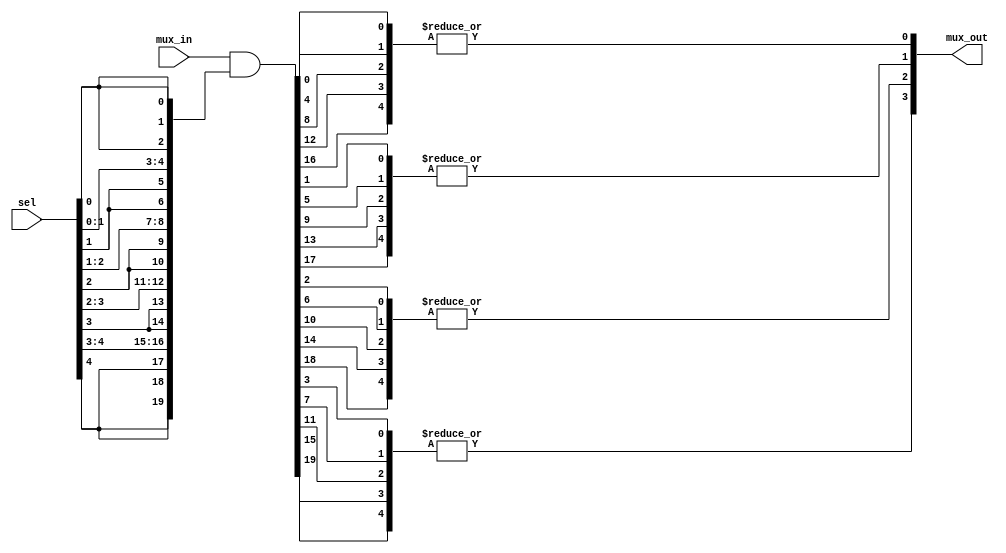
 `timescale  1ns/1ps


/**********************************************************************
**    
**	Copyright (C) 2014-2017  Alireza Monemi
**    
**	This file is part of ProNoC 
**
**	ProNoC ( stands for Prototype Network-on-chip)  is free software: 
**	you can redistribute it and/or modify it under the terms of the GNU
**	Lesser General Public License as published by the Free Software Foundation,
**	either version 2 of the License, or (at your option) any later version.
**
** 	ProNoC is distributed in the hope that it will be useful, but WITHOUT
** 	ANY WARRANTY; without even the implied warranty of MERCHANTABILITY
** 	or FITNESS FOR A PARTICULAR PURPOSE.  See the GNU Lesser General
** 	Public License for more details.
**
** 	You should have received a copy of the GNU Lesser General Public
** 	License along with ProNoC. If not, see <http:**www.gnu.org/licenses/>.
**
**
**	Description: 
**	This file contains several general RTL modules such as 
**	different types of multiplexors, converters and counters ...
**
**************************************************************/







/*********************************



    multiplexer

    
    
********************************/

module one_hot_mux #(
        parameter   IN_WIDTH      = 20,
        parameter   SEL_WIDTH =   5, 
        parameter   OUT_WIDTH = IN_WIDTH/SEL_WIDTH

    )
    (
        input [IN_WIDTH-1       :0] mux_in,
        output[OUT_WIDTH-1  :0] mux_out,
        input[SEL_WIDTH-1   :0] sel

    );

    wire [IN_WIDTH-1    :0] mask;
    wire [IN_WIDTH-1    :0] masked_mux_in;
    wire [SEL_WIDTH-1:0]    mux_out_gen [OUT_WIDTH-1:0]; 
    
    genvar i,j;
    
    //first selector masking
    generate    // first_mask = {sel[0],sel[0],sel[0],....,sel[n],sel[n],sel[n]}
        for(i=0; i<SEL_WIDTH; i=i+1) begin : mask_loop
            assign mask[(i+1)*OUT_WIDTH-1 : (i)*OUT_WIDTH]  =   {OUT_WIDTH{sel[i]} };
        end
        
        assign masked_mux_in    = mux_in & mask;
        
        for(i=0; i<OUT_WIDTH; i=i+1) begin : lp1
            for(j=0; j<SEL_WIDTH; j=j+1) begin : lp2
                assign mux_out_gen [i][j]   =   masked_mux_in[i+OUT_WIDTH*j];
            end
            assign mux_out[i] = | mux_out_gen [i];
        end
    endgenerate
    
endmodule





    
/******************************

    One hot demultiplexer

****************************/   
    

module one_hot_demux    #(
        parameter IN_WIDTH=5,
        parameter SEL_WIDTH=4,
        parameter OUT_WIDTH=IN_WIDTH*SEL_WIDTH
    )
    (
        input   [SEL_WIDTH-1        :   0] demux_sel,//selectore
        input   [IN_WIDTH-1         :   0] demux_in,//repeated
        output  [OUT_WIDTH-1        :   0]  demux_out
    );

    genvar i,j;
    generate 
    for(i=0;i<SEL_WIDTH;i=i+1)begin :loop1
        for(j=0;j<IN_WIDTH;j=j+1)begin :loop2
                assign demux_out[i*IN_WIDTH+j] =     demux_sel[i]   &   demux_in[j];
        end//for j
    end//for i
    endgenerate

    

endmodule

/**************************


    custom_or

    
***************************/


module custom_or #(
    parameter IN_NUM        =   4,
    parameter OUT_WIDTH =   5
)(
    or_in,
    or_out
);
    
    localparam IN_WIDTH  = IN_NUM*OUT_WIDTH;
    
    input [IN_WIDTH-1       :   0]  or_in;
    output[OUT_WIDTH-1      :   0]  or_out;

    wire        [IN_NUM-1       :   0] in_sep   [OUT_WIDTH-1        :   0];
    genvar i,j;
    generate
    for (i=0;i<OUT_WIDTH;i=i+1) begin: sep_loop
        for (j=0;j<IN_NUM;j=j+1) begin: sep_loop
            assign in_sep[i][j]= or_in [j*OUT_WIDTH+i];
        end
        assign or_out[i]= |in_sep[i];
    end
    endgenerate
    
    
endmodule


/*****************************************

sum the output of all ports except the output of  port itself


****************************************/


module outport_sum #(
    parameter IN_ARRAY_WIDTH =10,
    parameter IN_NUM     =5,
    parameter IN_WIDTH  =   IN_ARRAY_WIDTH/IN_NUM,
    parameter CMP_VAL   =   IN_WIDTH/(IN_NUM-1),
    parameter OUT_WIDTH = (IN_ARRAY_WIDTH/IN_NUM)+CMP_VAL
    
    )
    (
    input   [IN_ARRAY_WIDTH-1       :   0]  in,
    output  [OUT_WIDTH-1                :   0]  out
);
    
    genvar i,j;
    wire [IN_WIDTH-1        :   0]      in_sep  [IN_NUM-1       :   0];
    wire [IN_NUM-2          :   0]      gen         [OUT_WIDTH-1    :   0];
    generate 
        for(i=0;i<IN_NUM; i=i+1      ) begin : lp
            assign in_sep[i]  = in[(IN_WIDTH*(i+1))-1   : IN_WIDTH*i];
        end
        for (j=0;j<IN_NUM-1;j=j+1)begin : loop1
                for(i=0;i<OUT_WIDTH; i=i+1  )begin : loop2
                    if(i>=CMP_VAL*(j+1))begin : if1
                        assign gen[i][j] = in_sep[j][i-CMP_VAL];
                    end 
                    else if( i< CMP_VAL*(j+1) && i>= (CMP_VAL*j)) begin :if2
                        assign gen[i][j] = in_sep[IN_NUM-1][i];
                    end
                    else    begin :els
                        assign gen[i][j] = in_sep[j][i];
                    end
                end// for i
            end// for j
        for(i=0;i<OUT_WIDTH; i=i+1       ) begin : lp2
            assign out[i]               = |  gen[i];
        end
    endgenerate
endmodule

/***********************************

        module bin_to_one_hot 
        

************************************/


module bin_to_one_hot #(
    parameter BIN_WIDTH     =   2,
    parameter ONE_HOT_WIDTH =   2**BIN_WIDTH
    
)
(
    input   [BIN_WIDTH-1            :   0]  bin_code,
    output  [ONE_HOT_WIDTH-1        :   0] one_hot_code
 );

    genvar i;
    generate 
        for(i=0; i<ONE_HOT_WIDTH; i=i+1) begin :one_hot_gen_loop
                assign one_hot_code[i] = (bin_code == i[BIN_WIDTH-1         :   0]);
        end
    endgenerate
 
endmodule

/***********************************

        one_hot_to_binary

************************************/



module one_hot_to_bin #(
    parameter ONE_HOT_WIDTH =   4,
    parameter BIN_WIDTH     =  (ONE_HOT_WIDTH>1)? log2(ONE_HOT_WIDTH):1
)
(
    input   [ONE_HOT_WIDTH-1        :   0] one_hot_code,
    output  [BIN_WIDTH-1            :   0]  bin_code

);

  
    function integer log2;
      input integer number; begin   
         log2=(number <=1) ? 1: 0;    
         while(2**log2<number) begin    
            log2=log2+1;    
         end 	   
      end   
    endfunction // log2 

localparam MUX_IN_WIDTH =   BIN_WIDTH* ONE_HOT_WIDTH;

wire [MUX_IN_WIDTH-1        :   0]  bin_temp ;

genvar i;
generate 
    if(ONE_HOT_WIDTH>1)begin :if1
        for(i=0; i<ONE_HOT_WIDTH; i=i+1) begin :mux_in_gen_loop
            assign bin_temp[(i+1)*BIN_WIDTH-1 : i*BIN_WIDTH] =  i[BIN_WIDTH-1:0];
        end


        one_hot_mux #(
            .IN_WIDTH   (MUX_IN_WIDTH),
            .SEL_WIDTH  (ONE_HOT_WIDTH)
            
        )
        one_hot_to_bcd_mux
        (
            .mux_in     (bin_temp),
            .mux_out        (bin_code),
            .sel            (one_hot_code)
    
        );
     end else begin :els
        assign  bin_code = one_hot_code;
     
     end

endgenerate

endmodule



/****************************************

            binary_mux

***************************************/

module binary_mux #(
        parameter   IN_WIDTH         =   20,
        parameter   OUT_WIDTH       =   5
    )
    (
        mux_in,
        mux_out,
        sel

    );
    
  
    function integer log2;
      input integer number; begin   
         log2=(number <=1) ? 1: 0;    
         while(2**log2<number) begin    
            log2=log2+1;    
         end 	   
      end   
    endfunction // log2 

     localparam  IN_NUM          =   IN_WIDTH/OUT_WIDTH,
                 SEL_WIDTH_BIN   = (IN_NUM>1)?  log2(IN_NUM): 1; 
                 
                 
    input   [IN_WIDTH-1         :0] mux_in;
    output  [OUT_WIDTH-1        :0] mux_out;
    input   [SEL_WIDTH_BIN-1    :0] sel;                 
    genvar i;
     
    
	generate 
		if(IN_NUM>1) begin :if1
			wire [OUT_WIDTH-1       :0] mux_in_2d [IN_NUM -1    :0];
			for (i=0; i< IN_NUM; i=i+1) begin : loop
				assign mux_in_2d[i] =mux_in[((i+1)*OUT_WIDTH)-1 :   i*OUT_WIDTH];   
			end
			assign mux_out = mux_in_2d[sel];		
		end else  begin :els
			assign mux_out = mux_in;			
		end
	endgenerate
    
endmodule



module  accumulator #(
    parameter INw= 20,
    parameter OUTw=4,
    parameter NUM =5
)
(
    in_all,
    out         
);

    function integer log2;
      input integer number; begin   
         log2=(number <=1) ? 1: 0;    
         while(2**log2<number) begin    
            log2=log2+1;    
         end       
      end   
    endfunction // log2 
    
    localparam N= INw/NUM,
               SUMw= log2(NUM)+N; 
    input [INw-1  :   0] in_all;
    output[OUTw-1 :   0] out;
    
    wire [N-1   :   0] in [NUM-1    :   0];
    reg [SUMw-1 :   0] sum;
  
  
    genvar i;
    generate 
    for (i=0; i<NUM; i=i+1)begin : lp
        assign in[i] = in_all[(i+1)*N-1 : i*N];    
    end
    
    if(  SUMw ==  OUTw) begin :  equal
        assign out = sum;
    end else if(SUMw >  OUTw) begin : bigger
        assign out = (sum[SUMw-1 : OUTw] > 0 ) ? {OUTw{1'b1}} : sum[OUTw-1  :   0] ;
    end else begin : less
          assign out = {{(OUTw-SUMw){1'b0}},  sum} ;
    end
    
  
    
    endgenerate
  
  // This is supposed to be synyhesized as "sum=in[0]+in[1]+...in[Num-1]"; 
  // It works with Quartus, Verilator and Modelsim compilers  
    integer k; 
    always @(*)begin 
        sum=0;
        for (k=0;k<NUM;k=k+1)begin 
             sum= sum + {{(SUMw-N){1'b0}},in[k]};        
        end   
    end
    //In case your compiler could not synthesize or wrongly synthesizes it try this
    //assumming the maximum NUM as parameter can be 20:
    /*
    generate 
     wire [N-1   :   0] tmp [19    :   0];
     for (i=0; i<NUM; i=i+1)begin : lp
        assign tmp[i] = in_all[(i+1)*N-1 : i*N];    
     end
     for (i=NUM; i<20; i=i+1)begin : lp2
        assign tmp[i] = {N{1'b0}};    
     end
    
    always @(*)begin 
              sum= tmp[0] + tmp[1]+ tmp[2] + ...+ tmp[19];        
    end
    endgenerate     
    */

endmodule



/******************************

    set_bits_counter 

*******************************/


module set_bits_counter #(
    parameter IN_WIDTH =120,
    parameter OUT_WIDTH = log2(IN_WIDTH+1)
    )
    (
    input   [IN_WIDTH-1         :   0]  in,
    output  [OUT_WIDTH-1        :   0]  out
    
);
  
    function integer log2;
      input integer number; begin   
         log2=(number <=1) ? 1: 0;    
         while(2**log2<number) begin    
            log2=log2+1;    
         end 	   
      end   
    endfunction // log2 

    
    wire    [IN_WIDTH-2     :   0]  addrin2;
    wire    [OUT_WIDTH-1    :   0]  addrout [IN_WIDTH-2         :   0];
    wire    [OUT_WIDTH-1    :   0]  addrin1 [IN_WIDTH-1         :   0];
    
    
    assign out          = addrin1 [IN_WIDTH-1];
    
    genvar i;
    //always @(*)begin
    assign  addrin1[0] = {{(OUT_WIDTH-1){1'b0}},in[0]};
    generate        
        for (i=0; i<IN_WIDTH-1; i=i+1) begin : loop
                assign  addrin1[i+1]  = addrout[i];
                assign  addrin2[i]    = in[i+1];
                assign  addrout[i]    = addrin1[i] + addrin2 [i];
        end
    endgenerate

endmodule






/******************************

    check_single_bit_assertation

*******************************/


module check_single_bit_assertation #(
    parameter IN_WIDTH =2
    
    )
    (
    input   [IN_WIDTH-1         :   0]  in,
    output  result
    
    );
  
    function integer log2;
      input integer number; begin   
         log2=(number <=1) ? 1: 0;    
         while(2**log2<number) begin    
            log2=log2+1;    
         end 	   
      end   
    endfunction // log2 


    
    localparam OUT_WIDTH = log2(IN_WIDTH+1);
    
    wire [OUT_WIDTH-1   :   0]  sum;
    
    parallel_counter #(
        .IN_WIDTH (IN_WIDTH)
    )counter
    (
        .in(in),
        .out(sum)
    );

    assign result = (sum <=1)? 1'b1: 1'b0;
    
    
endmodule

/**********************************

fast_minimum_number

***********************************/


module fast_minimum_number#(
    parameter NUM_OF_INPUTS     =   8,
    parameter DATA_WIDTH            =   5,
    parameter IN_ARRAY_WIDTH    =   NUM_OF_INPUTS   * DATA_WIDTH
)
(
    input  [IN_ARRAY_WIDTH-1            :   0] in_array,
    output [NUM_OF_INPUTS-1             :   0]  min_out
);

    genvar i,j;
    wire [DATA_WIDTH-1                  :   0]  numbers             [NUM_OF_INPUTS-1            :0];    
    wire [NUM_OF_INPUTS-2               :   0]  comp_array          [NUM_OF_INPUTS-1            :0];    
        
    generate
    if(NUM_OF_INPUTS==1)begin:if1
        assign min_out = 1'b1;
    end
    else begin : els//(vc num >1)
        for(i=0; i<NUM_OF_INPUTS;  i=i+1) begin : loop_i
                assign numbers[i]   = in_array  [(i+1)* DATA_WIDTH-1: i*DATA_WIDTH];
                for(j=0; j<NUM_OF_INPUTS-1;  j=j+1) begin : loop_j
                            if(i>j) begin :if1 assign comp_array [i][j] = ~ comp_array [j][i-1]; end
                            else   begin :els     assign comp_array [i]   [j] = numbers[i]<= numbers[j+1]; end
                end//for j
                assign min_out[i]=  & comp_array[i];
        end//for i
    end//else
    endgenerate
    
endmodule





/********************************************

        Carry-based reduction parallel counter


********************************************/
module parallel_counter  #(
    parameter IN_WIDTH =120 // max 127
)
(
    in,
    out    
);
    
    
   
    function integer log2;
      input integer number; begin   
         log2=(number <=1) ? 1: 0;    
         while(2**log2<number) begin    
            log2=log2+1;    
         end 	   
      end   
    endfunction // log2 
    
  localparam OUT_WIDTH = log2(IN_WIDTH+1);
  localparam PCIw      = (IN_WIDTH < 8   )? 7    :
                         (IN_WIDTH < 16  )? 15   :
                         (IN_WIDTH < 31  )? 31   :
                         (IN_WIDTH < 36  )? 63   :   127;
                         
                         
   localparam PCOw      = (IN_WIDTH < 8  )? 3   :
                         (IN_WIDTH < 16  )? 4   :
                         (IN_WIDTH < 31  )? 5   :
                         (IN_WIDTH < 36  )? 6   :   7;                         
  
input   [IN_WIDTH-1         :   0]  in;
output  [OUT_WIDTH-1        :   0]  out;
     
wire [PCIw-1    :   0]  pc_in;
wire [PCOw-1    :   0]  pc_out;

generate 
    if(PCIw > IN_WIDTH ) begin :w1
        assign   pc_in = {{(PCIw-IN_WIDTH){1'b0}},in};
    end else begin:els
         assign   pc_in=in;
    end // if 
    
    if(PCIw == 7) begin :w7
       
        PC_7_3   pc (
            .in(pc_in),
            .out(pc_out)
        );
    
    end else if(PCIw == 15) begin :w15
          PC_15_4   pc (
            .in(pc_in),
            .out(pc_out)
           );
    
    end else if(PCIw == 31) begin :w31
        PC_31_5   pc (
            .in(pc_in),
            .out(pc_out)
        );   
    end else if(PCIw == 63) begin :w63
         PC_63_6   pc (
            .in(pc_in),
            .out(pc_out)
        );   
    
    end else  begin :w127
         PC_127_7 pc (
            .in(pc_in),
            .out(pc_out)
        );   
    end
    
 endgenerate
 
 assign out = pc_out[OUT_WIDTH-1    :   0];
 
endmodule



//carry-sum generation blocks
module CS_GEN (
    in,
    abc,
    s
);
    input   [6  :   0] in;
    output  s;
    output  [2  :   0] abc;
    
    wire      a,b,c,s;
    wire    [3  :   0] in1;
    wire    [2  :   0] in2;
    wire    [2  :   0] j1;
    wire    [1  :   0] j2;
    
    assign {in2,in1} =  in;
/* verilator lint_off WIDTH */
    assign j1= in1[3]+in1[2]+in1[1]+in1[0];
    assign j2= in2[2]+in2[1]+in2[0];
/* verilator lint_on WIDTH */
    
    //s is asserted when both in1 and in2 have odd number of ones.
    assign s    = j1[0] ^ j2[0];
    // a is asserted when there are at least two ones in in1 (i.e., j1 >= 2);
    assign  a   =   (j1 >   3'd1);
    
    //b is asserted when there are at least two ones in in2 (i.e., j2 >= 2);
    assign  b   =   (j2 >   2'd1);
    
    // C is asserted when when j1 equals 4 or when  s is asserted
    assign c    =   (j1==4) | (j1[0] & j2[0]);

    assign abc = {a,b,c};
endmodule

/*************************
 
 (7,3) parallel counter
 
*************************/

module PC_7_3 (
    in,
    out

);
    input   [6    : 0]  in;
    output  [2    : 0]  out;
    
    wire    [2    : 0] abc;
   
    CS_GEN cs(
        .in(in),
        .abc(abc),
        .s(out[0])
    );
   
    assign out[2:1] = abc[2]+abc[1]+abc[0];  
    
  


endmodule

/*************************

    (15,4) parallel counter
    
*************************/

module PC_15_4 (
    in,
    out

);
    input   [14   : 0]  in;
    output  [3    : 0]  out;
    
    wire    [2:0]   abc0,abc1;
    wire            s0,s1,b2;
   
    CS_GEN cs0(
        .in     (in  [6  :   0]),
        .abc    (abc0),
        .s      (s0)
    );
    
     CS_GEN cs1(
        .in     (in  [13  :   7]),
        .abc    (abc1),
        .s      (s1)
    );
    
    assign {b2,out[0]}  =in  [14] + s0 +s1;
    
    PC_7_3 pc_sub(
        .in({abc0,abc1,b2}),
        .out(out[3:1])
    );  
    
  


endmodule


// (31,5) parallel counter
module PC_31_5 (
    in,
    out

);
    localparam CS_NUM   =   5;
    
    input   [30         : 0]  in;
    output  [4          : 0]  out;
    
   
    wire    [CS_NUM-1   : 0]   s;
    wire    [(CS_NUM*7)-1   :   0]  cs_in;
    wire    [14         :   0]  pc_15_in;
    
    assign cs_in ={s[3:0] ,in };
    
    genvar i;
    generate 
    for (i=0;i<CS_NUM;i=i+1) begin: lp    
        CS_GEN cs(
            .in     (cs_in     [(i+1)*7-1  :  i*7]),
            .abc    (pc_15_in  [(i+1)*3-1  :  i*3]),
            .s      (s      [i])
        );
        
    end//for
    endgenerate
    
    PC_15_4 pc_15(
        .in    (pc_15_in ),
        .out   (out[4:1])
    );
    
    assign out[0] = s[4];
    
 endmodule

/*************************
 
 (63,6) parallel counter
 
**************************/

module PC_63_6 (
    in,
    out

);
    localparam CS_NUM   =   10;
    
    input   [62         : 0]  in;
    output  [5          : 0]  out;
    
   
    wire    [CS_NUM-1   : 0]   s;
    wire    [(CS_NUM*7)-1   :   0]  cs_in;
    wire    [30         : 0]  pc_31_in;
    
    assign cs_in ={s[7:0] ,in };
    
    genvar i;
    generate 
    for (i=0;i<CS_NUM;i=i+1) begin:lp    
        CS_GEN cs(
            .in     (cs_in     [(i+1)*7-1  :  i*7]),
            .abc    (pc_31_in  [(i+1)*3-1  :  i*3]),
            .s      (s      [i])
        );
        
    end//for
    endgenerate
    
    assign {pc_31_in[30],out[0]}    =   s[7]+s[8]+s[9];
         
    PC_31_5 pc_31(
        .in(pc_31_in ),
        .out(out[5:1])
    );
 endmodule

/*************************

 (127,7) parallel counter

*************************/

module PC_127_7 (
    in,
    out

);
    localparam CS_NUM   =   21;
    
    input   [126        : 0]  in;
    output  [6          : 0]  out;
    
   
    wire    [CS_NUM-1       : 0]   s;
    wire    [(CS_NUM*7)-1   : 0]  cs_in;//147
    wire    [62             : 0]  pc_63_in;
    
    assign cs_in ={s[19:0] ,in };
    
    genvar i;
    generate 
    for (i=0;i<CS_NUM;i=i+1) begin :lp   
        CS_GEN cs(
            .in     (cs_in     [(i+1)*7-1  :  i*7]),
            .abc    (pc_63_in  [(i+1)*3-1  :  i*3]),
            .s      (s      [i])
        );
        
    end//for
    endgenerate
    
    assign {out[0]}    =   s[20];
         
    PC_63_6 pc63(
        .in(pc_63_in),
        .out(out[6:1])
    );
   
    
 endmodule